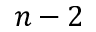
n - 2